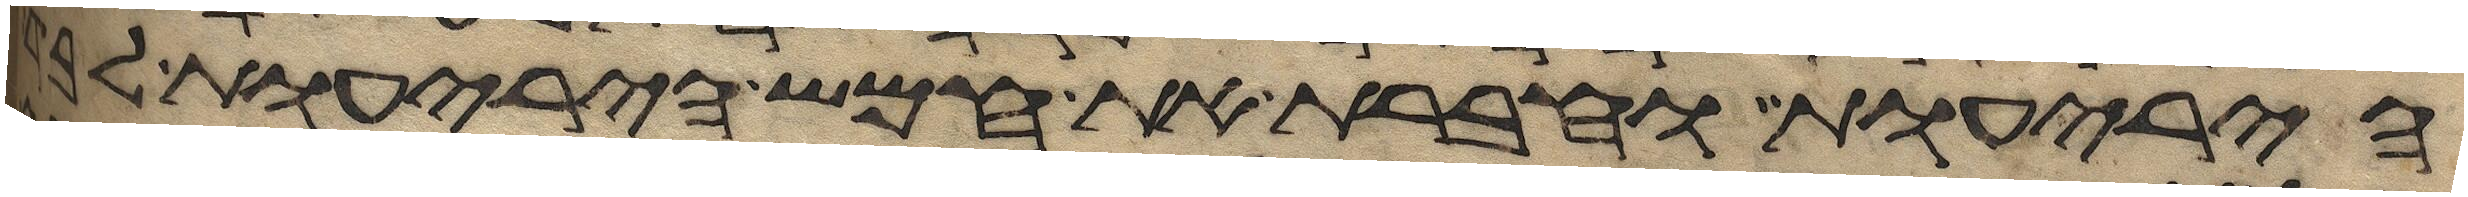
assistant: היריעות וחברת את חמש היריעות לבד